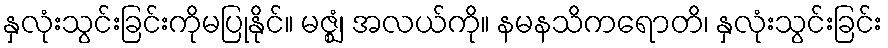
နှလုံးသွင်းခြင်းကိုမပြုနိုင်။ မဇ္ဈံ၊ အလယ်ကို။ နမနသိကရောတိ၊ နှလုံးသွင်းခြင်း